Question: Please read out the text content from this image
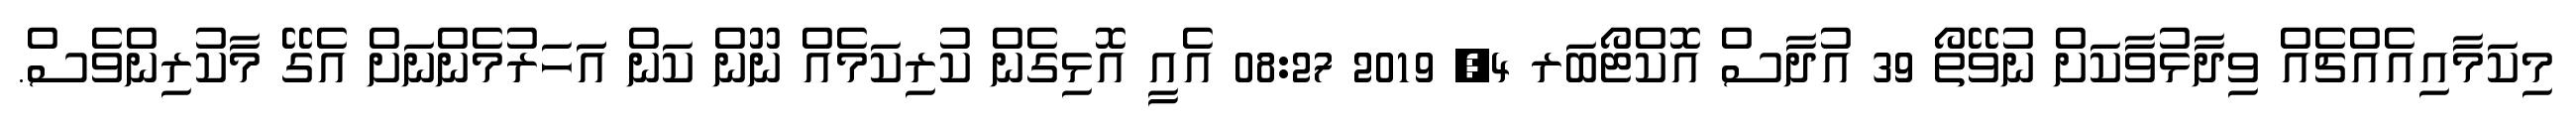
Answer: މިކަމާއިއެއްޗެއް ވިދާޅުވާކަށް ނުވޭތޯ 39 އުދާސް އޮކްޓޯބަރ 4, 2019 08:27 އެއީ އޮޅިގެން ކުރިކަމެއް ނޫން ކަން އަަހަރުމެންނަށް އެގޭ މާކުރިންވެސް.